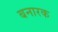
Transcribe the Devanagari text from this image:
बनारक